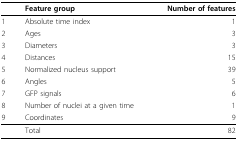
|  | Feature group | Number of features |
 | --- | --- | --- |
 | 1 | Absolute time index | 1 |
 | 2 | Ages | 3 |
 | 3 | Diameters | 3 |
 | 4 | Distances | 15 |
 | 5 | Normalized nucleus support | 39 |
 | 6 | Angles | 5 |
 | 7 | GFP signals | 6 |
 | 8 | Number of nuclei at a given time | 1 |
 | 9 | Coordinates | 9 |
 |  | Total | 82 |